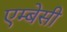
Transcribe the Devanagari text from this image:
एम्‍बेसी